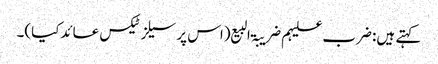
کہتے ہیں: ضرب علیہم ضریبۃ البیع (اس پر سیلز ٹیکس عائدکیا)۔